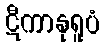
ဋီကာနုရူပံ